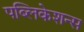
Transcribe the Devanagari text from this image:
पब्लिकेशन्‍स